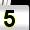
Digit: 5